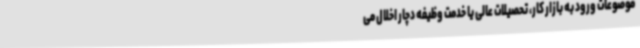
موضوعات ورود به بازار کار، تحصیلات عالی یا خدمت وظیفه دچار اخلال می